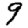
Digit: 9